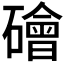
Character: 𥖩